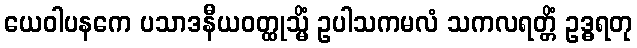
ယေဝါပနကေ ပသာဒနီယဝတ္ထုသ္မိံ ဥပါသကမလံ သကလရတ္တိံ ဥဒ္ဓရတု